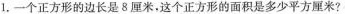
1.一个正方形的边长是8厘米，这个正方形的面积是多少平方厘米?